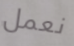
نعمل